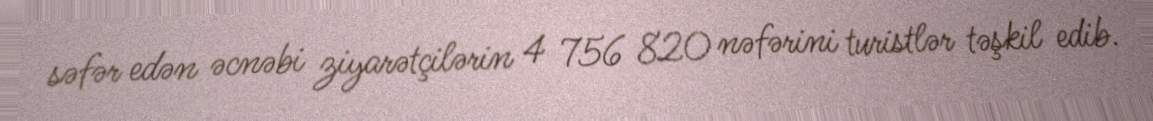
səfər edən əcnəbi ziyarətçilərin 4 756 820 nəfərini turistlər təşkil edib.